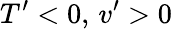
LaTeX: {T}^{\prime}<0,\, {v}^{\prime}>0